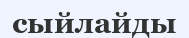
сыйлайды